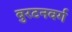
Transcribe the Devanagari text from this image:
बुरटनवर्ग